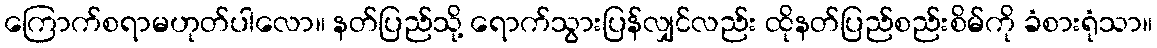
ကြောက်စရာမဟုတ်ပါလော။ နတ်ပြည်သို့ ရောက်သွားပြန်လျှင်လည်း ထိုနတ်ပြည်စည်းစိမ်ကို ခံစားရုံသာ။